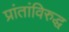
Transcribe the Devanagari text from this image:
प्रांतांविरुद्ध